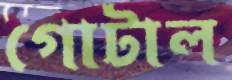
গোটাল